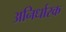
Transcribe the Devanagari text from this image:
अनिर्धारक